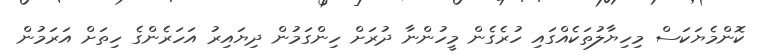
ކޮންމެޔަކަސް މިހިޔާލުތަކެއްގައި ހުރެގެން މީހުންނާ ދުރަށް ހިންގަމުން ދިޔައިރު އަހަރެންގެ ހިތަށް އަރަމުން